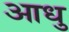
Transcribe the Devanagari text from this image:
आधु